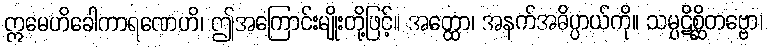
ဣမေဟိခေါကာရဏေဟိ၊ ဤအကြောင်းမျိုးတို့ဖြင့်။ အတ္ထော၊ အနက်အဓိပ္ပာယ်ကို။ သမ္ပဋိစ္ဆိတဗ္ဗော၊